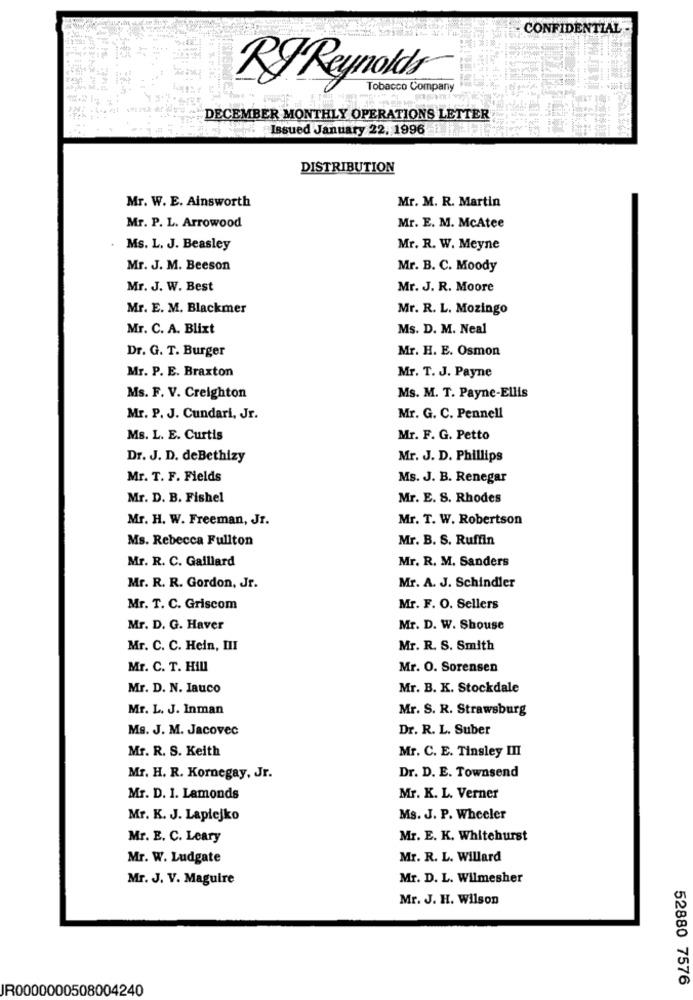
CONFIDENTIAL -
RF Reynolds
Tobacco Company
DECEMBER MONTHLY OPERATIONS LETTER
Issued January 22, 1996
DISTRIBUTION
Mr. W. E. Ainsworth
Mr. M. R. Martin
Mr. P. L. Arrowood
Mr. E. M. McAtee
Ms. L. J. Beasley
Mr. R. W. Meyne
Mr. J. M. Beeson
Mr. B. C. Moody
Mr. J. W. Best
Mr. J. R. Moore
Mr. E. M. Blackmer
Mr. R. L. Mozingo
Mr. C. A. Blixt
Ms. D. M. Neal
Dr. G. T. Burger
Mr. H. E. Osmon
Mr. P. E. Braxton
Mr. T. J. Payne
Ms. F. V. Creighton
Ms. M. T. Payne-Ellis
Mr. P. J. Cundari, Jr.
Mr. G. C. Pennell
Ms. L. E. Curtis
Mr. F. G. Petto
Dr. J. D. deBethizy
Mr. J. D. Phillips
Mr. T. F. Fields
Ms. J. B. Renegar
Mr. D. B. Fishel
Mr. E. S. Rhodes
Mr. H. W. Freeman, Jr.
Mr. T. W. Robertson
Ms. Rebecca Fullton
Mr. B. S. Ruffin
Mr. R. C. Gaillard
Mr. R. M. Sanders
Mr. R. R. Gordon, Jr.
Mr. A. J. Schindler
Mr. T. C. Griscom
Mr. F. O. Sellers
Mr. D. G. Haver
Mr. D. W. Shouse
Mr. C. C. Hein, III
Mr. R. S. Smith
Mr. C. T. Hill
Mr. O. Sorensen
Mr. D. N. Iauco
Mr. B. K. Stockdale
Mr. L. J. Inman
Mr. S. R. Strawsburg
Mg. J. M. Jacovec
Dr. R. L. Suber
Mr. R. S. Keith
Mr. C. E. Tinsley III
Dr. D. E. Townsend
Mr. H. R. Kornegay, Jr.
Mr. D. I. Lamonds
Mr. K. L. Verner
Mr. K. J. Laplejko
Ms. J. P. Wheeler
Mr. E. C. Leary
Mr. E. K. Whitehurst
Mr. W. Ludgate
Mr. R. L. Willard
Mr. J. V. Maguire
Mr. D. L. Wilmesher
Mr. J. H. Wilson
52880 7576
JR0000000508004240